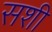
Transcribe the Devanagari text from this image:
सशी